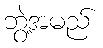
ဘွဲ့အမည်